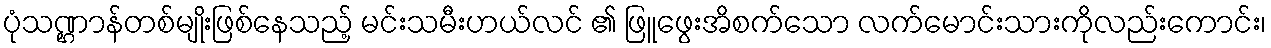
ပုံသဏ္ဌာန်တစ်မျိုးဖြစ်နေသည့် မင်းသမီးဟယ်လင် ၏ ဖြူဖွေးအိစက်သော လက်မောင်းသားကိုလည်းကောင်း၊